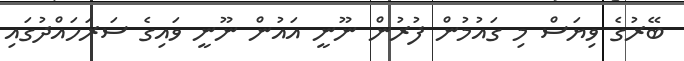
ބޭރުގެ ވިޔަސް މި ގައުމުން ފުރުން ނޫނީ އައުން ނޫނީ ވައިގެ ސަރަހައްދުގައި